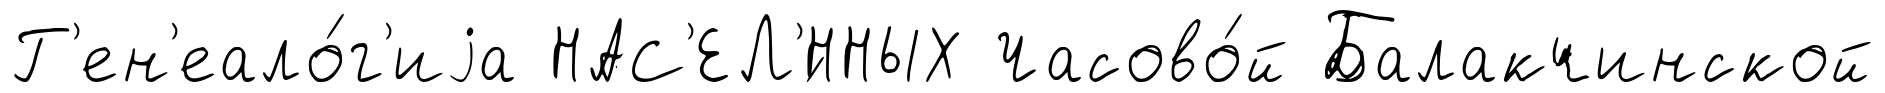
Г'ен'еало́г'иjа НАС'ЕЛ'́ННЫХ Часово́й Балакчинской